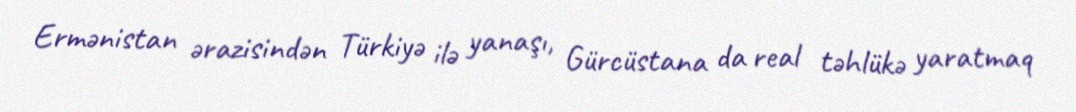
Ermənistan ərazisindən Türkiyə ilə yanaşı, Gürcüstana da real təhlükə yaratmaq